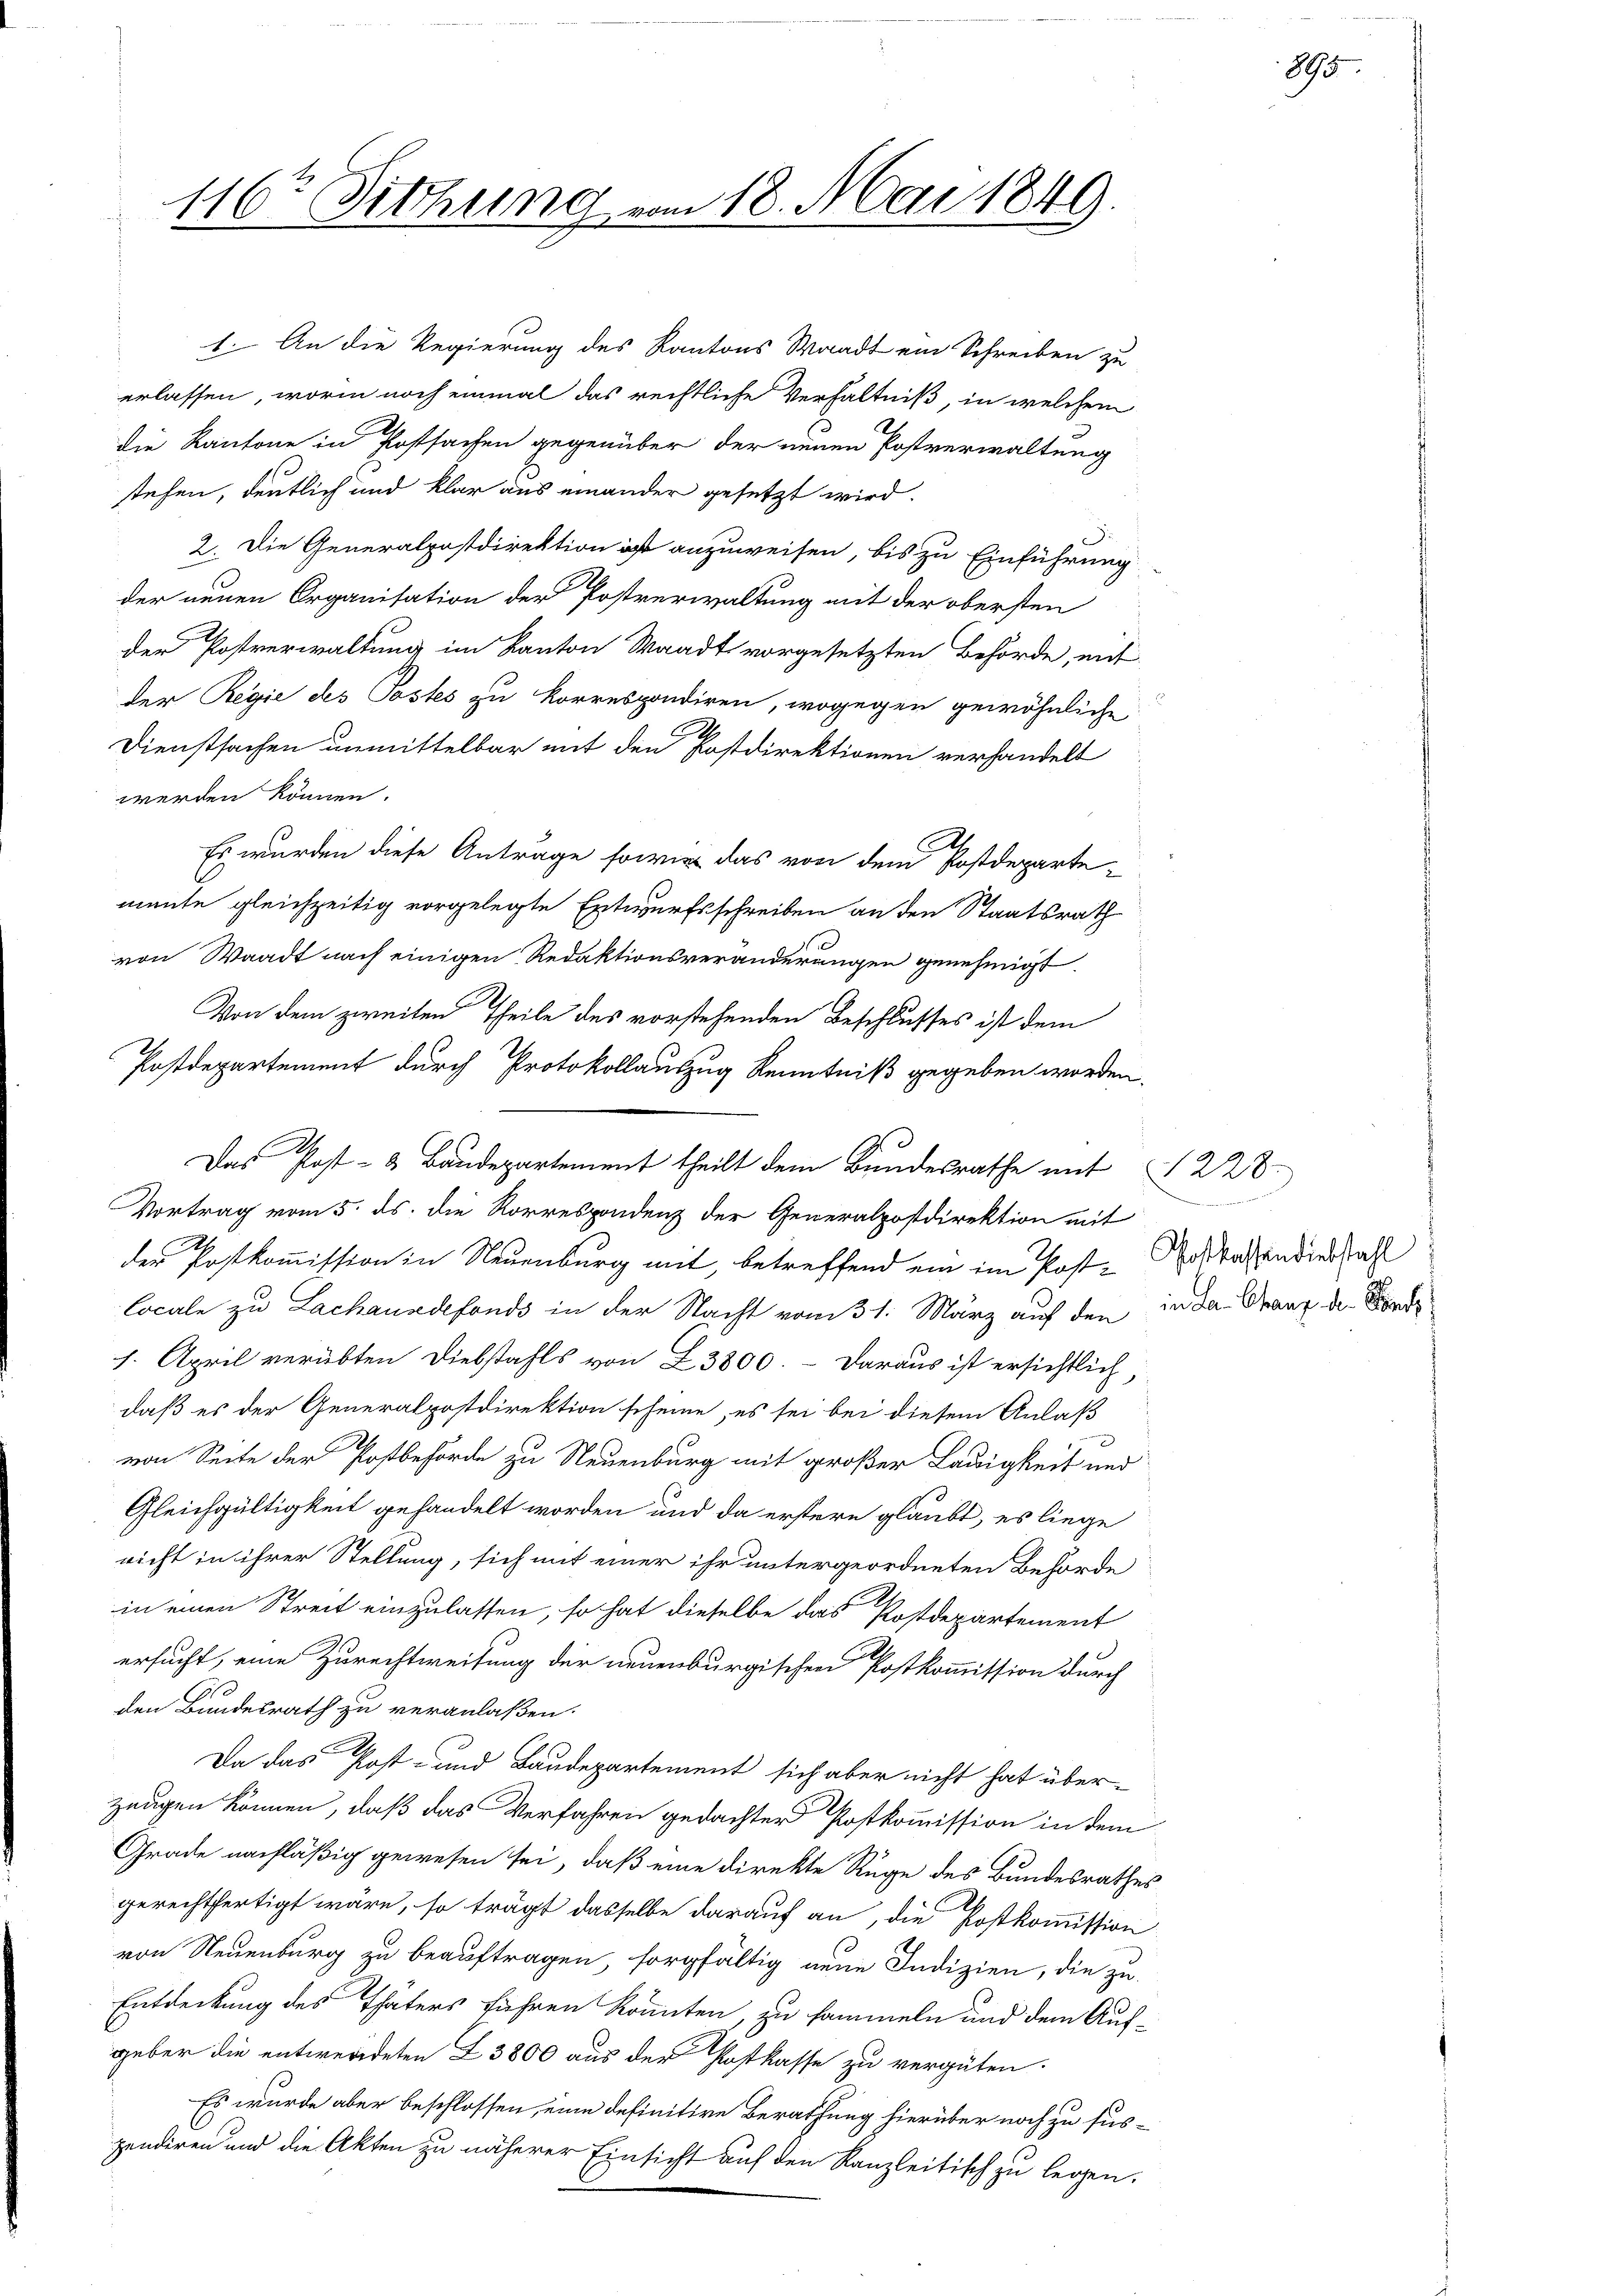
116r Sitzung vom 18. Mai 1849.

stehen, deutlich und klar aus einander gesetzt wird.
2. Die Generalpostdirektion ist anzuweisen, bis zu Einführung
der neuen Organisation der Postverwaltung mit der obersten
der Postverwaltung im Kanton Waadt vorgesetzten Behörde, mit
der Regie des Postes zu korrespondiren, wogegen gewöhnliche
Dienstsachen unmittelbar mit den Postdirektionen verhandelt
werden können.
A.
Es wurden diese Anträge sowie das von dem Postdeparte
mante gleichzeitig vorgelegte Entwurfsschreiben an den Staatsrath
von Waadt nach einigen Redaktionsveränderungen genehmigt.
Von dem zweiten Theile des vorstehenden Beschlusses ist dem
Postdepartement durch Protokollauszug Kenntniß gegeben worden.
Das Post- & Baudepartement theilt dem Bundesrathe mit 228.
Vortrag vom 5. ds. die Rorrespondenz der Generalpostdirektion mit
der Postkommission in Neuenburg mit, betreffend ein im Post-
locale zu Lachausdefonds in der Nacht vom 31. März auf den
1. April verübten Diebstahls von L. 3800. – Daraus ist ersichtlich
daß es der Generalpostdirektion scheine, es sei bei diesem Anlaß
von Seite der Postbehörde zu Neuenburg mit großer Lauigkeit und
Gleichgültigkeit gehandelt worden und da erstere glaubt, es liege
richt in ihrer Stellung, sich mit einer ihr untergeordneten Behörde
in einen Streit einzulassen, so hat dieselbe das Postdepartement
ersucht, eine Zurechtweisung der neuenburgischen Postkommission durch
den Bundesrath zu veranlaßen.
Da das Post- und Baudepartement sich aber nicht hat über-
zeugen können, daß das Verfahren gedachter Postkommission in dem
Grade nachläßig gewesen sei, daß eine direkte Rüge des Bundesrathes
gerechtfertigt wäre, so trägt dasselbe darauf an, die Postkommission
von Neuenburg zu beauftragen sorgfältig neue Indizien, die zu-
Entdeckung des Thaters führen könnten, zu sammeln und dem Auf-
geber die entwerdeten Z. 3800 aus der Postkasse zu vergüten.
Es wurde aber beschlossen, eine definitive Berathung hierüber noch zu sus-
pendiren und die Akten zu näherer Einsicht auf den Kanzleitisch zu legen.

1. An die Regierung des Kantons Waadt ein Schreiben zu
erlassen, worin noch einmal das rechtliche Verhältniß, in welchem
die Kantone in Postsachen gegenüber der neuen Postverwaltung

895

wie einen die einer
Postkassendiebstahl
in La Chang der Fonds